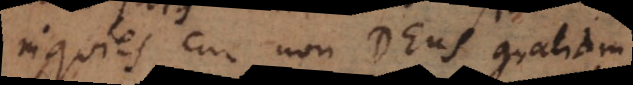
inquies cur non Deus gratiam